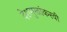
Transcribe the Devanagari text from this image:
देशमुखांकरवी